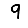
Digit: 9